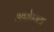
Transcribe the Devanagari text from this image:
आरोग्‍यता